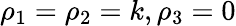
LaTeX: \rho_{1}=\rho_{2}=k,\rho_{3}=0